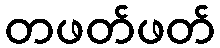
တဖတ်ဖတ်